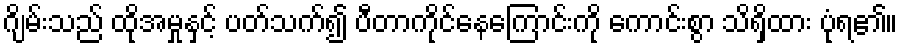
ဂျိမ်းသည် ထိုအမှုနှင့် ပတ်သက်၍ ပီတာကိုင်နေကြောင်းကို ကောင်းစွာ သိရှိထား ပုံရ၏။